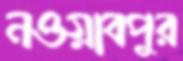
নওয়াবপুর